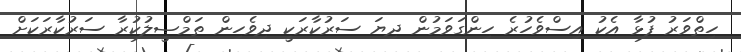
ހިތްވަރު ފުޅާ އެކު އިސްވެހުރެ ހިންގަވަމުން ދިޔަ ސަރުކާރަކީ ދިވެހިން ތަމްޞީލުކުރާ ސަރުކާރަކަށް